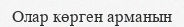
Олар көрген арманын